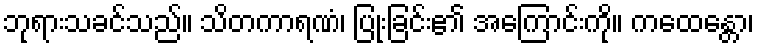
ဘုရားသခင်သည်။ သိတကာရဏံ၊ ပြုံးခြင်း၏ အကြောင်းကို။ ကထေန္တော၊